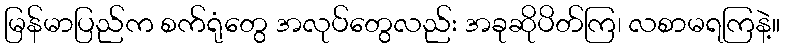
မြန်မာပြည်က စက်ရုံတွေ အလုပ်တွေလည်း အခုဆိုပိတ်ကြ၊ လစာမရကြနဲ့။